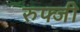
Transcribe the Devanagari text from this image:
रुफ्जी